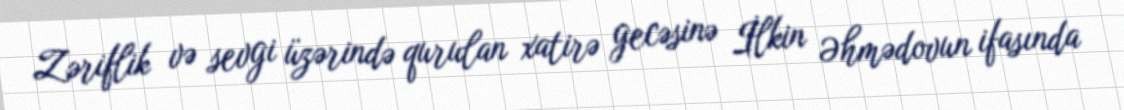
Zəriflik və sevgi üzərində qurulan xatirə gecəsinə İlkin Əhmədovun ifasında